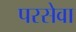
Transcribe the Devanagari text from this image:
परसेवा